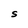
Character: S